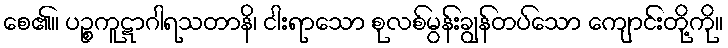
စေ၏။ ပဉ္စကူဋာဂါရသတာနိ၊ ငါးရာသော စုလစ်မွန်းချွန်တပ်သော ကျောင်းတို့ကို။